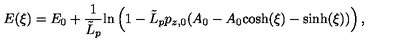
E ( \xi ) = E _ { 0 } + { \frac { 1 } { { \tilde { L } } _ { p } } } \mathrm { l n } \left( 1 - { \tilde { L } } _ { p } p _ { z , 0 } ( A _ { 0 } - A _ { 0 } \it { \cosh } ( \xi ) - \it { \sinh } ( \xi ) ) \right) ,